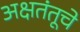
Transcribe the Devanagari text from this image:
अक्षतंतूचे